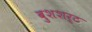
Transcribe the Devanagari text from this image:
बुशशर्ट